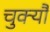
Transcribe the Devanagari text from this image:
चुक्यौ